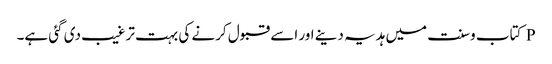
P کتاب وسنت میں ہدیہ دینے اور اسے قبول کرنے کی بہت ترغیب دی گئی ہے۔